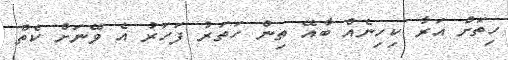
ހިތަށް އަރާ ކިހިނެއް ބާއޭ ތިން ހަތަރު ފަހަރު އެ ވޭނަށް ކެތް